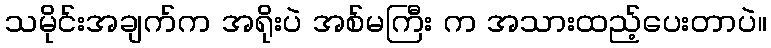
သမိုင်းအချက်က အရိုးပဲ အစ်မကြီး က အသားထည့်ပေးတာပဲ။